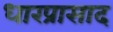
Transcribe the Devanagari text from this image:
धारप्रासाद